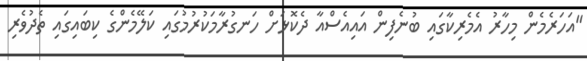
"އަހަރެމެން މިހާރު އެމެރިކާގައި ބުނެފިން އައިއެސްއާ ދެކޮޅަށް ހަނގުރާމަކުރުމުގައި ކަލޭމެންގެ ކިބައިގައި ތެދުވެރި